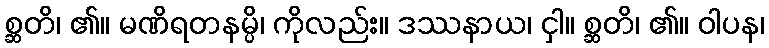
စ္ဆတိ၊ ၏။ မဏိရတနမ္ပိ၊ ကိုလည်း။ ဒဿနာယ၊ ငှါ။ စ္ဆတိ၊ ၏။ ဝါပန၊